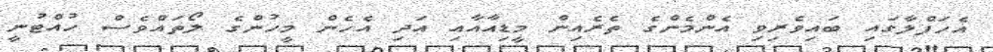
އެހަފްލާގައި ބައިވެރިވި އެންމެންގެ ތެރެއިން މީޑިއާއާއި އަދި އެހެން މީހުންގެ ލޯތައްވެސް ހުއްޓުނީ